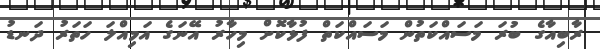
ރާބިއާގެ ބުރަ މަސައްކަތުން މަސައްކަތް ފުޅާކޮށް މިހާރު އޭނަގެ އަމިއްލަ ހަތަރު ދަނޑު